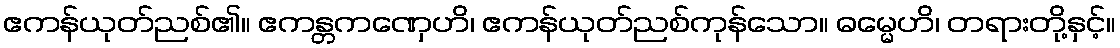
ဧကန်ယုတ်ညစ်၏။ ဧကန္တကဏှေဟိ၊ ဧကန်ယုတ်ညစ်ကုန်သော။ ဓမ္မေဟိ၊ တရားတို့နှင့်။